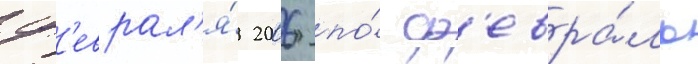
ф'еврал'я́ 2006 по́ ф'евра́ль